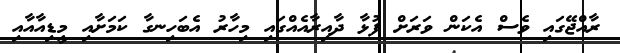
ރާއްޖޭގައި ވެސް އެކަން ވަރަށް ފުޅާ ދާއިރާއެއްގައި މިހާރު އެބަހިނގާ ކަމަށާއި މީޑިއާއާއި